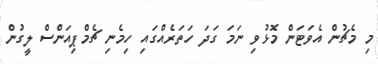
މި މެޗުން އެވަޓަން މޮޅުވި ނަމަ ގަދަ ހަތަރެއްގައި ހިމެނި ޗެމްޕިއަންސް ލީގުން